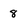
Character: 8